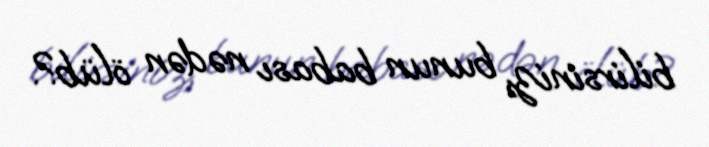
bilirsiniz, bunun babası nədən ölüb?.